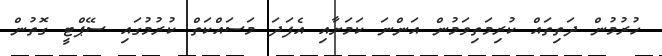
ހުރުމުން ދަތިތައް ކުރިމަތިވަމުން އަންނަ ކަމަށާއި އެފަދަ މަސައްކަތް ކުރުމުގައި ސޭޕްޓީ ގޮތުން